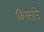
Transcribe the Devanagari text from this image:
बिलाने